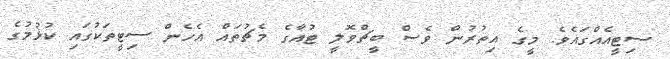
ސިޓީއެއްގައެވެ. މީގެ އިތުރުން ވެސް ބީޗްވޮލީ ޓުއާގެ މެޗުތައް އެހެން ސިޓީތަކުގައި ކުޅުމުގެ